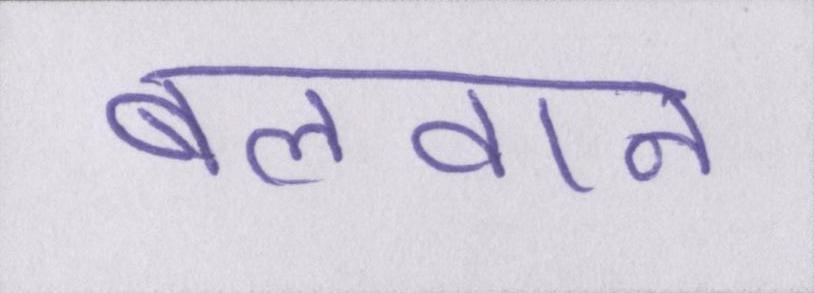
बलवान